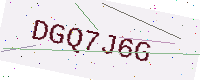
Text: DGQ7J6G